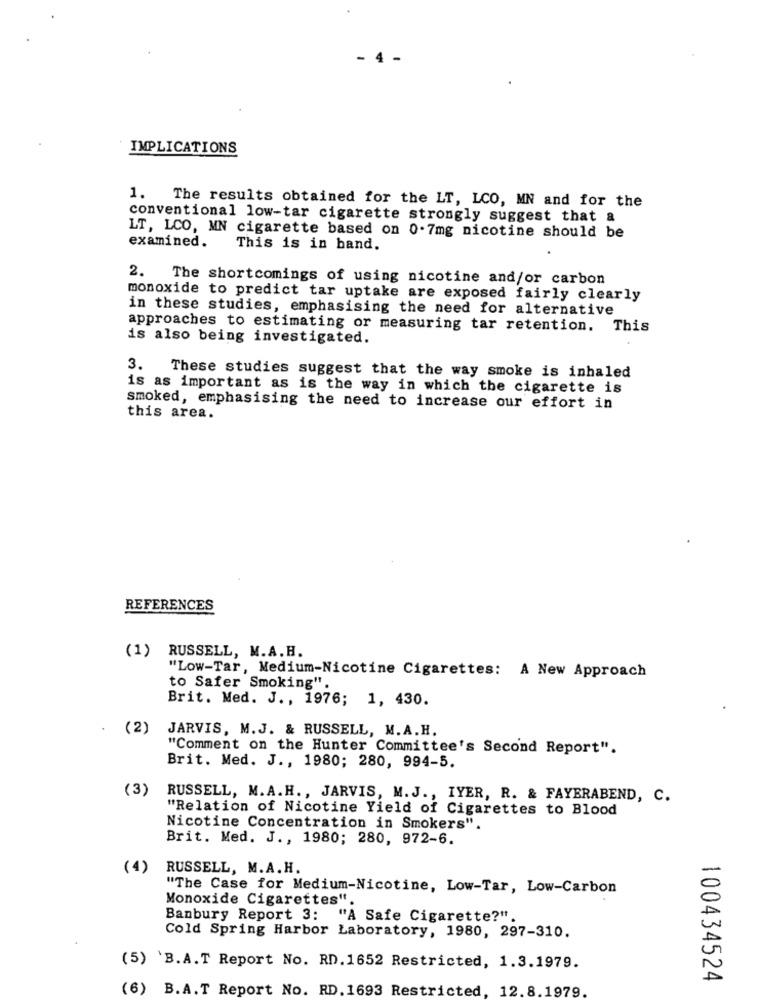
-
IMPLICATIONS
1.
The results obtained for the LT, LCO, MN and for the
conventional low-tar cigarette strongly suggest that a
LT, LCO, MN cigarette based on 0.7mg nicotine should be
examined.
This is in band.
2.
The shortcomings of using nicotine and/or carbon
monoxide to predict tar uptake are exposed fairly clearly
in these studies, emphasising the need for alternative
approaches to estimating or measuring tar retention. This
is also being investigated.
3.
These studies suggest that the way smoke is inhaled
is as important as is the way in which the cigarette is
smoked, emphasising the need to increase our effort in
this area.
REFERENCES
(1)
RUSSELL, M.A. H.
"Low-Tar, Medium-Nicotine Cigarettes: A New Approach
to Safer Smoking"
Brit. Med. J ., 1976; 1, 430.
(2)
JARVIS, M.J. & RUSSELL, M.A.H.
"Comment on the Hunter Committee's Second Report".
Brit. Med. J ., 1980; 280, 994-5.
(3)
RUSSELL, M.A.H ., JARVIS, M.J ., IYER, R. & FAYERABEND, C.
"Relation of Nicotine Yield of Cigarettes to Blood
Nicotine Concentration in Smokers".
Brit. Med. J ., 1980; 280, 972-6.
(4)
RUSSELL, M.A. H.
"The Case for Medium-Nicotine, Low-Tar, Low-Carbon
Monoxide Cigarettes".
Banbury Report 3: "A Safe Cigarette?".
Cold Spring Harbor Laboratory, 1980, 297-310.
(5) `B.A.T Report No. RD.1652 Restricted, 1.3.1979.
100434524
(6) B.A.T Report No. RD.1693 Restricted, 12.8.1979.